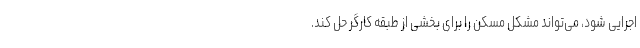
اجرایی شود، می‌تواند مشکل مسکن را برای بخشی از طبقه کارگر حل کند.